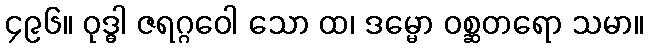
၄၉၆။ ဝုဒ္ဓါ ဇရဂ္ဂဝေါ သော ထ၊ ဒမ္မော ဝစ္ဆတရော သမာ။